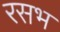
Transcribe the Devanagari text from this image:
रसभ